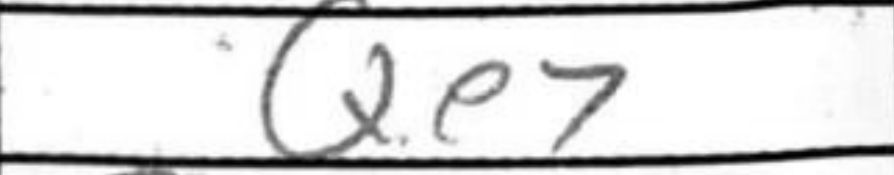
Transcription: Qe7